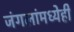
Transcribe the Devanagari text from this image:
जंगलांमध्येही